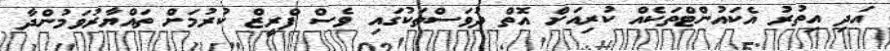
އަދި އިތުރު އެކައުންޓްތަކެއް ކުރިއަށް އޮތް ދުވަސްތަކުގައި ވެސް ފްރީޒް ކުރުމަށް ތައްޔާރުވަމުންދާ